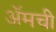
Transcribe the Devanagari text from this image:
ॲमची